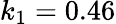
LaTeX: k_{1}=0.46